Lunatic asylums Madras 1892-1911 - 1892-1911
Year: 1892
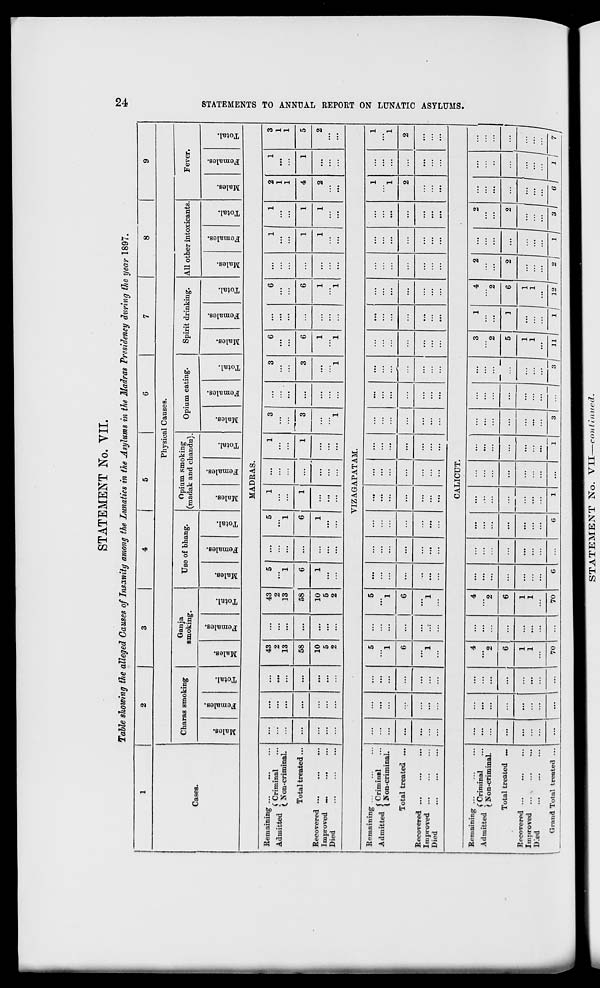
STATEMENT No. VII.
Table showing the alleged Causes of Insanity among the Lunatics in the Asylums in the Madras Presidency during the year 1897.
1
2
3
4
5
6
7
8
9
Cases.
Physical Causes.
Charas smoking
Ganja
smoking.
Use of bhang.
Opium smoking
(madak and chandu).
Opium eating.
Spirit drinking.
All other intoxicants.
Fever.
■
D
CD
O
*3
£
o
fa
"3
o
to
o
13
3
w
a
S
o
fa
13
EH
DO
"3
m
to
"3
i
fa
13
o
EH
to
o
3
CO
CD
%
s
o
fa
o
EH
CD
"a
to
o
"3
s
CD
fa
"3
O
H
m
3
to
o
3
S
CD
fa
3
■**
o
m
CD
"3
aS
o
3
S o
fa
"3
o
H
D3
"3
m
o>
S
CD
fa
3
o
EH
MADRAS.
Remaining ...
t 1 !u J ( Criminal
Admitted « w
. . ,
(. Non-cnminal.
Total treated...
Recovered
Improved
Died
...
...
...
43
2
13
...
43
2
13
5
' 1
...
5
1
1
...
1
3
3
1
...
3
6
...
6
...
1
1
2
1
1
1
3
1
1
...
...
...
58
...
58
6
...
6
1
...
1
...
3
6
...
6
...
1
1
4
1
5
...
...
...
10
5
2
...
10
5
2
1
:::
...
1
...
...
...
...
1
i
"i
...
1
"*1
...
1
1
2
...
2
VIZAGAPATAM.
Remaining ...
A J vi J ( Criminal
Admitted { _
. . ,
I ■ on-criminal.
Total treated ...
Recovered ...
Improved ...
Died
...
...
...
5
1
...
5
1
...
...
...
...
...
...
...
...
...
...
...
...
...
...
...
1
1
...
1
1
...
...
6
... |
6
...
...
...
...
...
...
...
...
...
...
...
...
...
...
...
2
...
2
...
...
...
1
...
1
...
...
...
...
...
...
...
...
...
...
•'•
...
...
...
...
...
...
CALICUT.
Remaining ...
» J :u. J C Criminal
Admitted ? XT
• • i
t B on-crimmal.
Total treated ...
Recovered ...
Improved ...
Died
Grand Total treated ...
1
...
...
...
4
2
...
4
2
...
...
...
...
...
...
...
...
— —
3
2
1
4
2
2
...
2
...
...
...
...
...
6
...
6
...
...
...
...
...
...
...
5
]
6
2
...
2
...
...
...
...
1
1
...
1
1
...
...
...
...
...
...
...
...
...
1
1
-
1
1
E = - = r r n
... i - 1 •••
70
...
70
c
G
1
...
1
•1 ... | 3/ 11 1 1 /' 12 I
1
1
«/
1 /
3 /
w il 'I
GO
H
>
K
H
a
CQ
Hi
o
g
o
W
1-3
O
tH
a
t-3
CQ
a
CQ
STATEMENT ISTo. VII—continued.